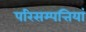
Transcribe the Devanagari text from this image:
परिसम्पत्तियां